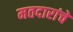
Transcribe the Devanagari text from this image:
मतदारांचे